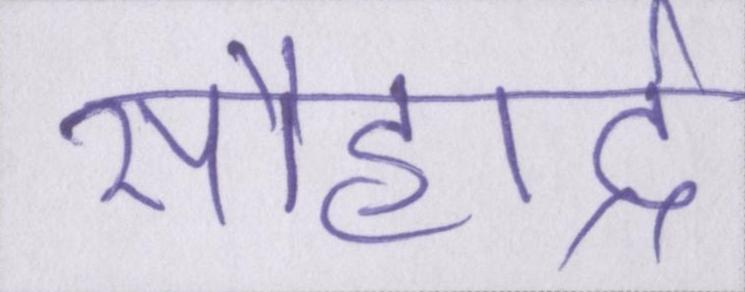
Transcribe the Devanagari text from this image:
सौहार्द्र